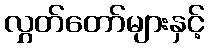
လွှတ်တော်များနှင့်